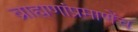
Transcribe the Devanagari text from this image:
ब्राह्मणांप्रमाणेंच